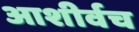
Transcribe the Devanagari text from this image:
आशीर्वच